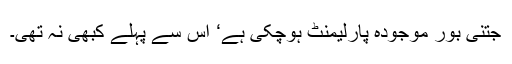
جتنی بور موجودہ پارلیمنٹ ہوچکی ہے‘ اس سے پہلے کبھی نہ تھی۔